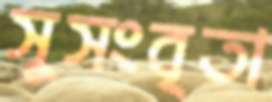
সুসংবৃতা